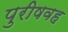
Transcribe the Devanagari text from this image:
पुरीषवह